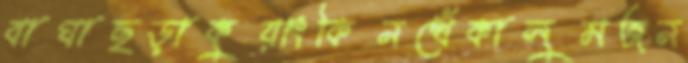
বাঘাছড়াকুয়াংকিনখেঁকালুমজন